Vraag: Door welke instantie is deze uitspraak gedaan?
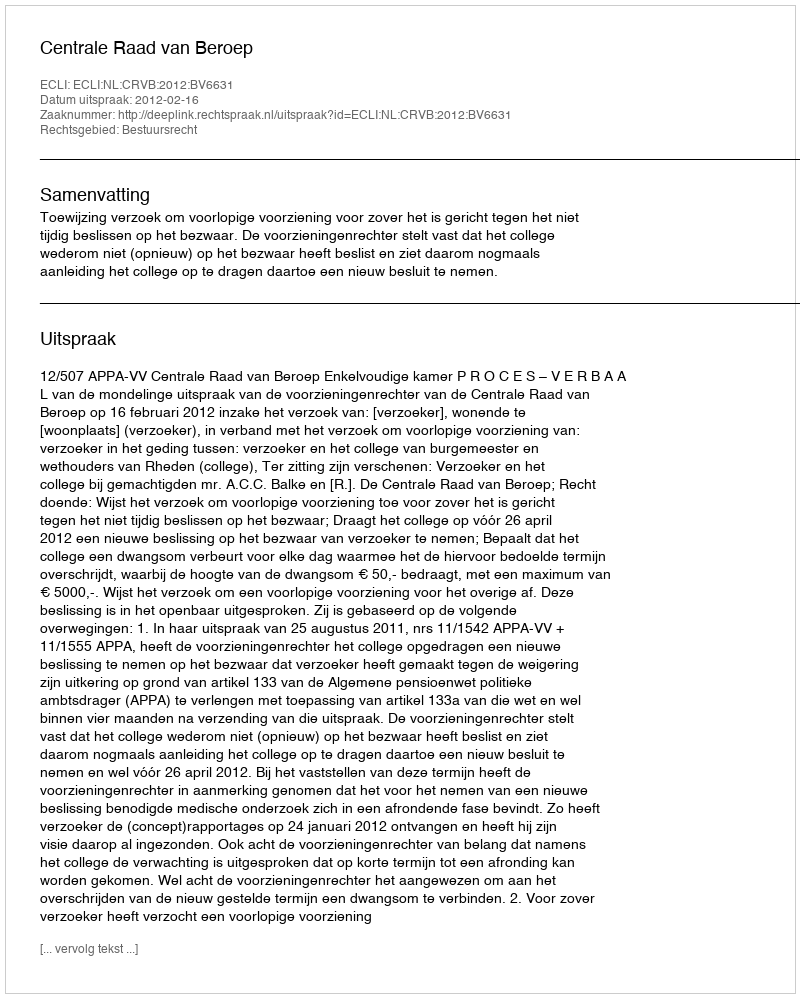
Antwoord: Centrale Raad van Beroep